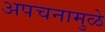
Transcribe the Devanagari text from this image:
अपचनामुळे